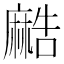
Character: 𱋯